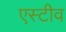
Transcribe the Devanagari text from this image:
एस्टीव